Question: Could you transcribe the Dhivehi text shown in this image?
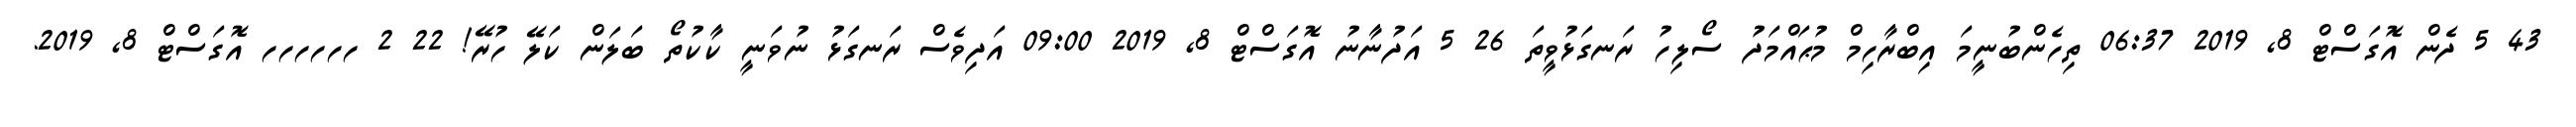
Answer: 43 5 ދެން އޮގަސްޓް 8, 2019 06:37 ތިހެންބުނީމަ އިބްރާހިމް މުޙައްމަދު ސޯލިހު ރަނގަޅުވީތަ 26 5 އަދުނާނު އޮގަސްޓް 8, 2019 09:00 އަދިވެސް ރަނގަޅު ނުވަނީ ކާކުތޯ ބަލަން ކަލޭ ހުރޭ! 22 2 ހހހހހހ އޮގަސްޓް 8, 2019.